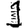
Digit: 1